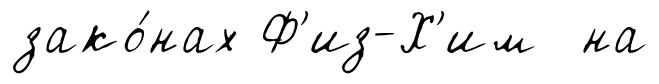
зако́нах Ф'из-Х'им на